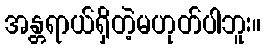
အန္တရာယ်ရှိတဲ့မဟုတ်ပါဘူး။